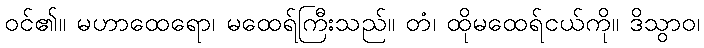
ဝင်၏။ မဟာထေရော၊ မထေရ်ကြီးသည်။ တံ၊ ထိုမထေရ်ငယ်ကို။ ဒိသွာဝ၊